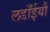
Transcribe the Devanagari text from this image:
लडाँईयौं